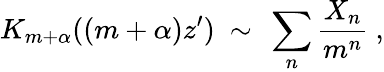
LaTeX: K_{m+\alpha}((m+\alpha)z^{\prime})\ \sim\ \sum_{n}\frac{X_{n}}{m^{n}}\ ,